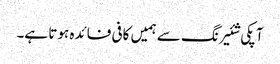
آپکی شئیرنگ سے ہمیں کافی فائدہ ہوتا ہے۔